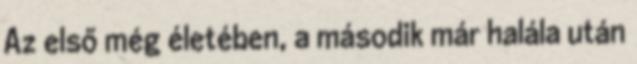
Az első még életében, a második már halála után